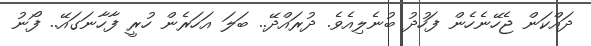
ދައްކަން ޖެހޭނެހެން ފަހުދު ބުނެލިއެވެ. ދުރައްދޭ.. ބަލަ އަހަރެން ހުރީ ފާހާނަގައޭ.. ފޯނު